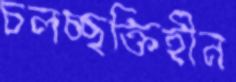
চলচ্ছক্তিহীন